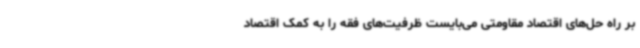
بر راه حل‌های اقتصاد مقاومتی می‌بایست ظرفیت‌های فقه را به کمک اقتصاد